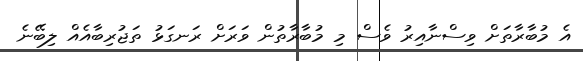
އެ މުބާރާތަށް ވިސްނާއިރު ވެސް މި މުބާރާތުން ވަރަށް ރަނގަޅު ތަޖުރިބާއެއް ލިބޭނެ